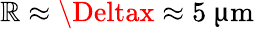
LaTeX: \mathbb{R}\approx\Deltax\approx5~{\upmu\mathrm{{m}}}